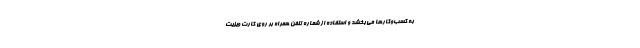
به کسب‌وکارها می‌بخشد و استفاده از شماره تلفن همراه بر روی کارت ویزیت